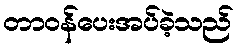
တာဝန်ပေးအပ်ခဲ့သည်